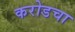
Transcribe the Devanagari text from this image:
करोडचा